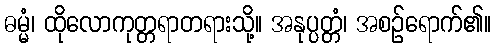
ဓမ္မံ၊ ထိုလောကုတ္တရာတရားသို့။ အနုပ္ပတ္တံ၊ အစဉ်ရောက်၏။